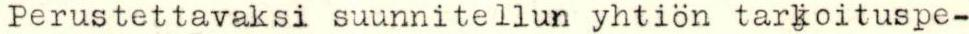
Perustettavaksi suunnitellun yhtiön tarkoituspe-